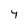
Character: 4